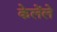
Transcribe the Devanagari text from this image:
केलेंले